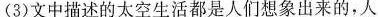
(3)文中描述的太空生活都是人们想象出来的，人